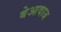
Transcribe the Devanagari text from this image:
बेआवाज